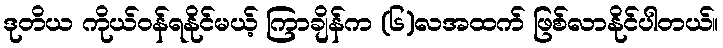
ဒုတိယ ကိုယ်ဝန်ရနိုင်မယ့် ကြာချိန်က (၆)လအထက် ဖြစ်လာနိုင်ပါတယ်။